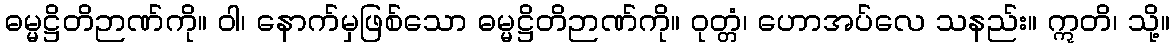
ဓမ္မဋ္ဌိတိဉာဏ်ကို။ ဝါ၊ နောက်မှဖြစ်သော ဓမ္မဋ္ဌိတိဉာဏ်ကို။ ဝုတ္တံ၊ ဟောအပ်လေ သနည်း။ ဣတိ၊ သို့။